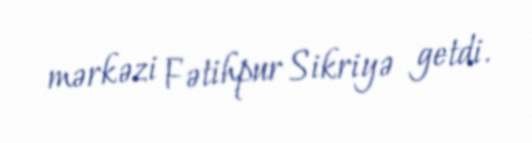
mərkəzi Fətihpur Sikriyə getdi.